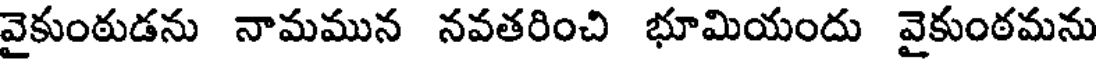
వైకుంఠుడను నామమున నవతరించి భూమియందు వైకుంఠమను